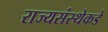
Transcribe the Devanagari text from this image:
राज्यसंस्थेकडे